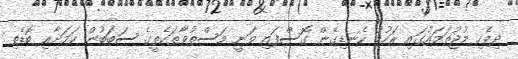
ދިވެހި މުޖުތަމައުގައި ރަހުމު ކެނޑިގެން ގޮސްފައި ވަނީ މަސްތުވާތަކެތީގެ ސަބަބުން ކަމަށާއި ބޮޑެތި